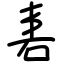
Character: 砉